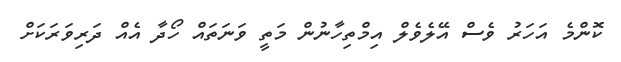
ކޮންމެ އަހަރު ވެސް އޭލެވެލް އިމްތިހާނުން މަތީ ވަނަތައް ހޯދާ އެއް ދަރިވަރަކަށް